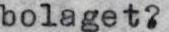
bolaget?